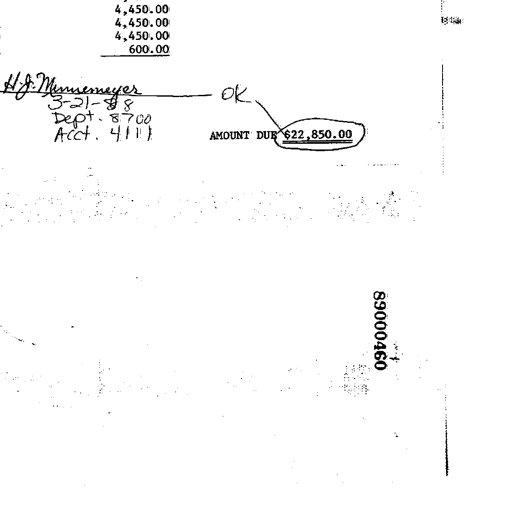
4,450.00
4,450.00
4,450.00
600.00
H. J. Minnemeyer — OK
3-21-88
Dept. 8700
Acct. 4111 AMOUNT DUE $22,850.00
89000460